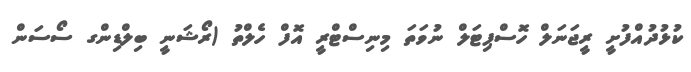
ކުޅުދުއްފުށީ ރީޖަނަލް ހޮސްޕިޓަލް ނުވަތަ މިނިސްޓްރީ އޮފް ހެލްތު (ރޯޝަނީ ބިލްޑިންގ ސޯސަން